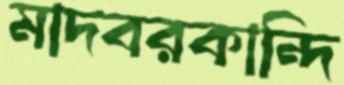
মাদবরকান্দি